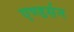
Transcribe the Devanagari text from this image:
एण्डर्सन